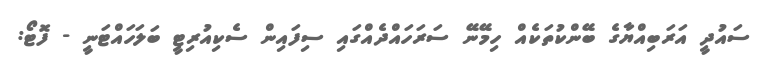
ސައުދީ އަރަބިއްޔާގެ ބޭންކުތަކެއް ހިމޭނޭ ސަރަހައްދެއްގައި ސިފައިން ސެކިއުރިޓީ ބަލަހައްޓަނީ - ފޮޓޯ: